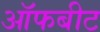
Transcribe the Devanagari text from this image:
ऑफबीट